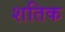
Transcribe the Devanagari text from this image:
शतिक